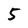
Character: 5